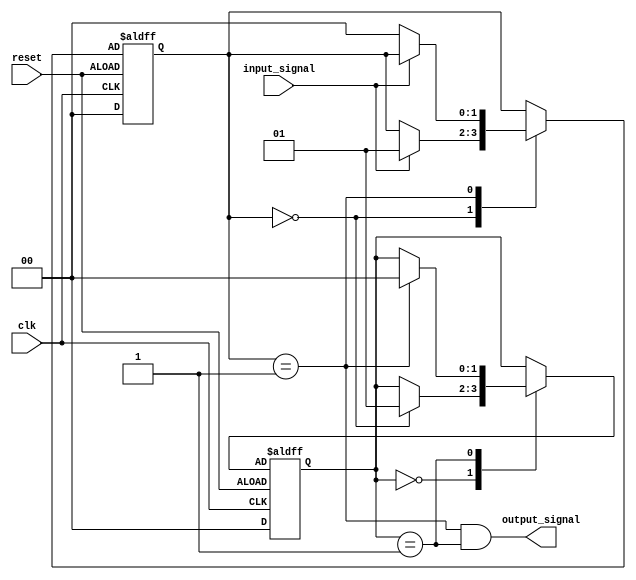
module HierarchicalFSM (
    input wire clk,
    input wire reset,
    input wire input_signal,
    output wire output_signal
);

// Parent state machine
reg [1:0] parent_state, parent_next_state;
parameter STATE_A = 2'b00;
parameter STATE_B = 2'b01;

// Child state machine
reg [1:0] child_state, child_next_state;
parameter CHILD_STATE_X = 2'b00;
parameter CHILD_STATE_Y = 2'b01;

always @(posedge clk or negedge reset) begin
    if (reset) begin
        parent_state <= STATE_A;
        child_state <= CHILD_STATE_X;
    end else begin
        parent_state <= parent_next_state;
        child_state <= child_next_state;
    end
end

// Sequential Logic Block for parent state machine
always @* begin
    parent_next_state = parent_state;
    case(parent_state)
        STATE_A: begin
            if (input_signal) begin
                parent_next_state = STATE_B;
            end
        end
        STATE_B: begin
            if (!input_signal) begin
                parent_next_state = STATE_A;
            end
        end
    endcase
end

// Sequential Logic Block for child state machine
always @* begin
    child_next_state = child_state;
    case(child_state)
        CHILD_STATE_X: begin
            if (parent_state == STATE_A) begin
                child_next_state = CHILD_STATE_Y;
            end
        end
        CHILD_STATE_Y: begin
            if (parent_state == STATE_B) begin
                child_next_state = CHILD_STATE_X;
            end
        end
    endcase
end

// Output logic
assign output_signal = (parent_state == STATE_B) && (child_state == CHILD_STATE_Y);

endmodule